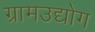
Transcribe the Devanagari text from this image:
ग्रामउद्योग